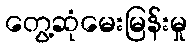
တွေ့ဆုံမေးမြန်းမှု